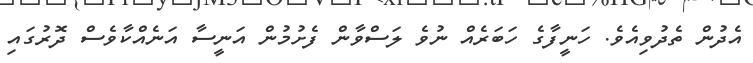
އެދުން ތެދުވިއެވެ. ހަނީފާގެ ހަބަރެއް ނުވެ ލަސްވާން ފެށުމުން އަނީސާ އަނެއްކާވެސް ދޮރުގައި